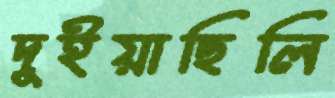
দুইয়াছিলি